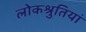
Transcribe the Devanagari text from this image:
लोकश्रुतियां